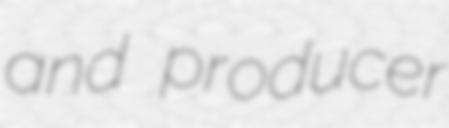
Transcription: and producer